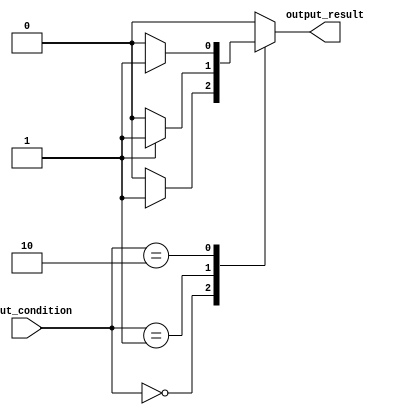
module case_statement_example (
  input wire [1:0] input_condition,
  output wire output_result
);

  reg output_result;

  always @(*) begin
    case (input_condition)
      2'b00: begin
        if (condition_1)
          output_result <= 1'b1;
        else
          output_result <= 1'b0;
      end

      2'b01: begin
        if (condition_2)
          output_result <= 1'b1;
        else
          output_result <= 1'b0;
      end

      2'b10: begin
        if (condition_3)
          output_result <= 1'b1;
        else
          output_result <= 1'b0;
      end

      default: begin
        output_result <= 1'b0;
      end
    endcase
  end

endmodule